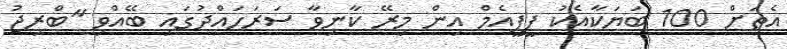
އެތަށް 100 ބަޔަކާއެކު ޕީޕީއެމް އިން މިރޭ ކާނިވާ ސަރަހައްދުގައި ބޭއްވި "ބްރިޖު